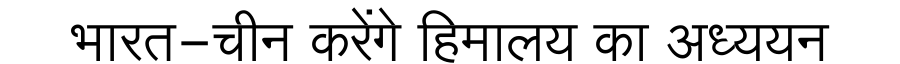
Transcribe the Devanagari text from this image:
भारत-चीन करेंगे हिमालय का अध्ययन